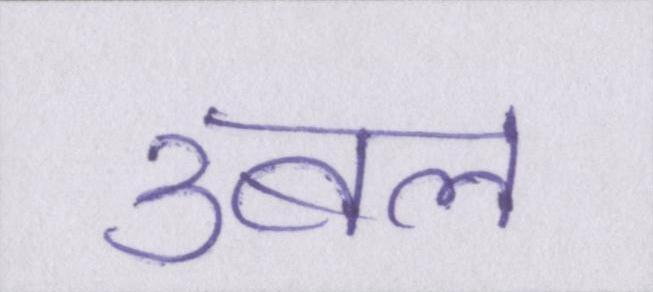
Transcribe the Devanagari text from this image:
उबल